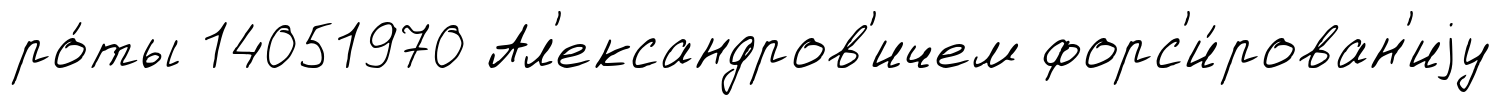
ро́ты 14051970 Ал'ександров'ичем форс'и́рован'иjу